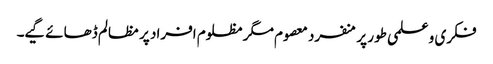
فکری و علمی طور پر منفرد معصوم مگر مظلوم افراد پر مظالم ڈھائے گیے۔